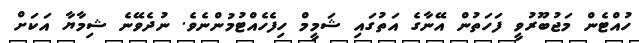
ހުއްޓެން މަޖުބޫރުވީ ފަހަތުން އޭނާގެ އަތުގައި ޝަމީމް ހިފެހެއްޓުމުންނެވެ. ނުދެވޭނެ ޝިމާޔާ އަކަށް